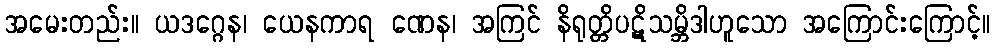
အမေးတည်း။ ယဒဂ္ဂေန၊ ယေနကာရ ဏေန၊ အကြင် နိရုတ္တိပဋိသမ္ဘိဒါဟူသော အကြောင်းကြောင့်။